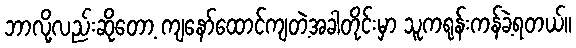
ဘာလို့လည်းဆိုတော့ ကျနော်ထောင်ကျတဲ့အခါတိုင်းမှာ သူကရုန်းကန်ခဲ့ရတယ်။